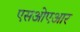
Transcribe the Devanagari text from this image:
एसओएआर